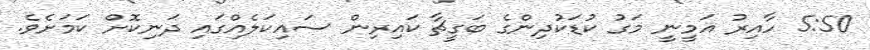
5:50 ހާއިރު އަމީނީ މަގު ކުޑަކުދިންގެ ބަގީޗާ ކައިރިން ސައިކަލެއްގައި ދަނިކޮށް ކަމަށެެވެ.